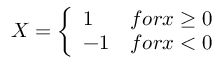
X = \left\{ \begin{array} { l l } { 1 } & { f o r x \ge 0 } \\ { - 1 } & { f o r x < 0 } \end{array} \right.